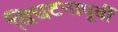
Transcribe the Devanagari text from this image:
विघटनापूर्वी